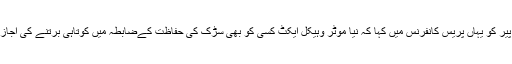
نتن گڈکری نے پیر کو یہاں پریس کانفرنس میں کہا کہ نیا موٹر وہیکل ایکٹ کسی کو بھی سڑک کی حفاظت کےضابطہ میں کوتاہی برتنے کی اجازت نہیں دیتا ہے۔